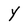
Character: Y